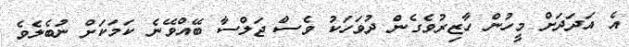
އެ އަދަދަށް މީހުން ހާޒިރުވެގެން ދުވަހަކު ވެސް ޖަލްސާ ބޭއްވޭނެ ކަމަކަށް ނުބެލެވެ